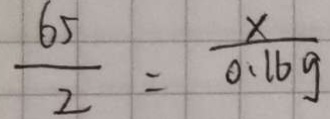
\frac { 6 5 } { 2 } = \frac { x } { 0 . 1 6 g }